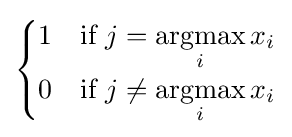
{\begin{cases}1&{\text{if }}j={\underset {i}{\operatorname {argmax} }}\,x_{i}\\0&{\text{if }}j\neq {\underset {i}{\operatorname {argmax} }}\,x_{i}\end{cases}}